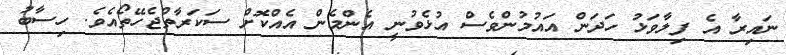
ނައިރާ އެ ފިލާވަޅު ހަދަން އައުމުންވެސް އުޅެވުނީ އެންމެން އެއްކޮށް ސަކަރާތްޖެހޭތޯއެވެ. ހިސާބު